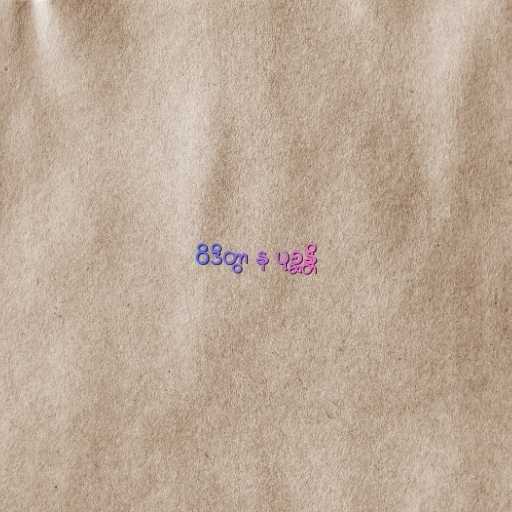
ဝိဒိတွာ န ပုစ္ဆန္တိ